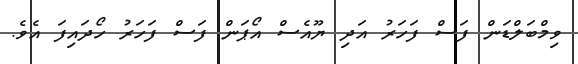
ވިމްބަލްޑަން ފަސް ފަހަރު އަދި ޔޫއެސް އޯޕަން ފަސް ފަހަރު ހޯދައިފަ އެވެ.